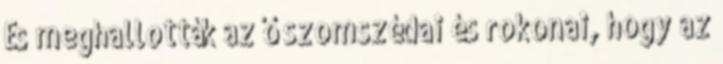
És meghallották az ő szomszédai és rokonai, hogy az